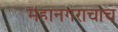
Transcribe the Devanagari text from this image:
महानगराचाच